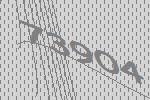
73904